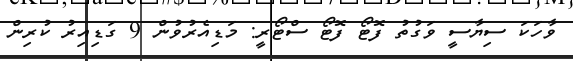
ވާހަކަ ސިޔާސީ ވަގުތު ފޮޓޯ ފޮޓޯ ސްޓޯރީ: މަޑިއެރުވުން 9 ގަޑިއިރު ކުރިން